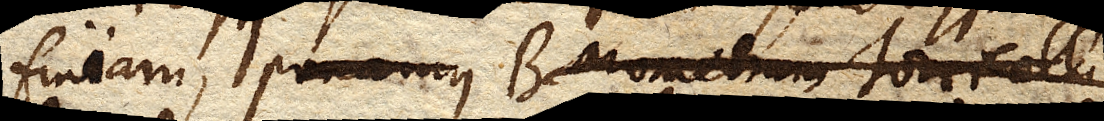
finiam, ponamus BarometrumTorricelli